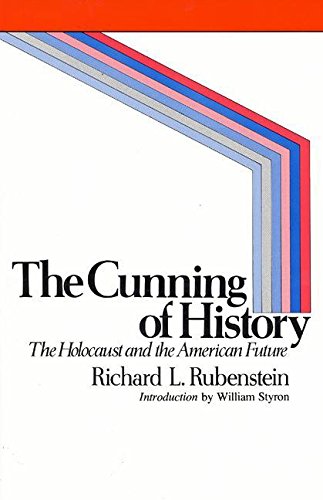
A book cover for The Cunning of History; Richard L. Rubenstein; Politics & Social Sciences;